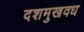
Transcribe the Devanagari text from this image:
दशमुखवध